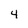
Character: 4